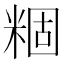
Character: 𬖢